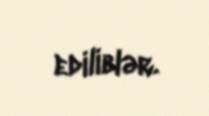
ediliblər.